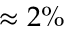
\approx { } 2 \%